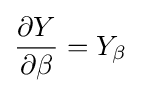
{\frac {\partial Y}{\partial \beta }}=Y_{\beta }